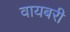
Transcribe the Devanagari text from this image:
वायबरी